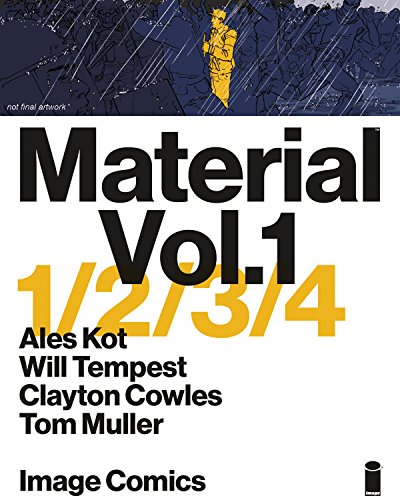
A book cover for Material, Book One (Material Tp); Ales Kot; Comics & Graphic Novels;